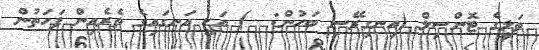
ތަލީގެ ޓޮންސިލް (އިނގިރޭސި ބަހުން:  ) އަކީ އަނގައިގެ ތެރެއިން ފަހަތުން